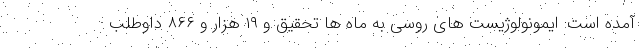
آمده است: ایمونولوژیست های روسی به ماه ها تحقیق و ۱۹ هزار و ۸۶۶ داوطلب